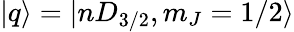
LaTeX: |q\rangle=|nD_{3/2},m_{J}=1/2\rangle